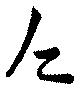
乏